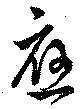
應